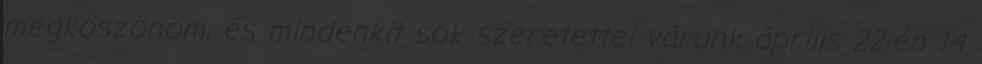
megköszönöm, és mindenkit sok szeretettel várunk április 22-én 14